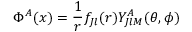
\Phi ^ { A } ( x ) = { \frac { 1 } { r } } f _ { J l } ( r ) Y _ { J l M } ^ { A } ( \theta , \phi )